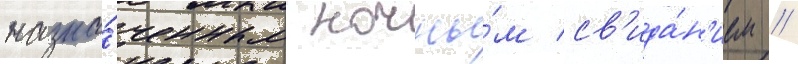
назна́ченным ночны́м св'ида́н'ием //